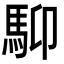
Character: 䭹